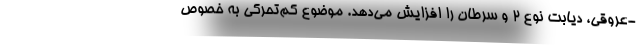
-عروقی، دیابت نوع ۲ و سرطان را افزایش می‌دهد. موضوع کم‌تحرکی به خصوص